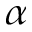
\alpha